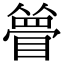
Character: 𥊃